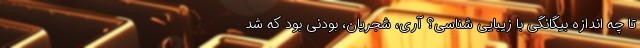
تا چه اندازه بیگانگی با زیبایی شناسی؟ آری، شجریان، بودنی بود که شد